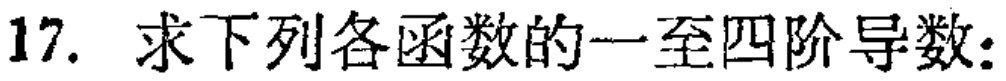
17. 求下列各函数的一至四阶导数：